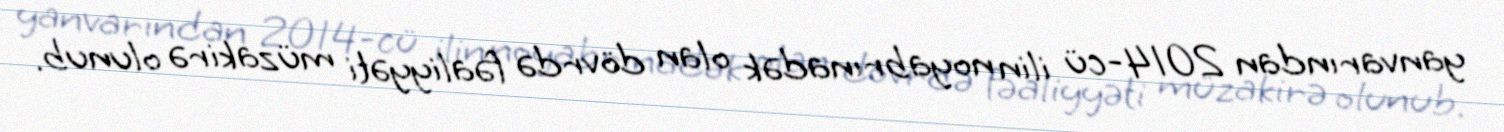
yanvarından 2014-cü ilin noyabrınadək olan dövrdə fəaliyyəti müzakirə olunub.